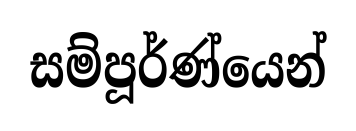
සම්පූර්ණ්යෙන්